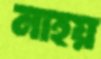
নাহয়